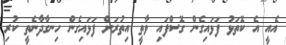
އެއީ އެ ކޮތަޅު ފަޅައިގެން ގޮސްފައި ވާތީ އިތުރަށް ފަޅައިގެން ހިނގާދާނެތީ ކުރި